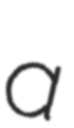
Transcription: a